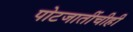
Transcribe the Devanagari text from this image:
पोटजातींचीही